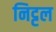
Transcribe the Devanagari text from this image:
निट्टल